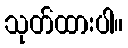
သုတ်ထားပါ။